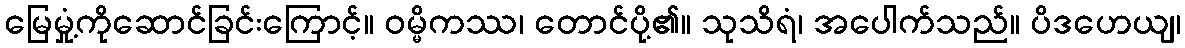
မြေမှုံ့ကိုဆောင်ခြင်းကြောင့်။ ဝမ္မိကဿ၊ တောင်ပို့၏။ သုသိရံ၊ အပေါက်သည်။ ပိဒဟေယျ၊